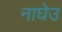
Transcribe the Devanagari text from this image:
नाघेउ